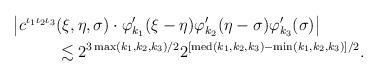
LaTeX: \begin{align*}\big| c^{\iota_1\iota_2\iota_3} &(\xi,\eta,\sigma) \cdot \varphi'_{k_1}(\xi-\eta)\varphi'_{k_2}(\eta-\sigma)\varphi'_{k_3}(\sigma)\big|\\&\lesssim 2^{3\max(k_1,k_2,k_3)/2} 2^{[\mathrm{med}(k_1,k_2,k_3)-\min(k_1,k_2,k_3)]/2} . \end{align*}